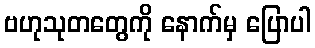
ဗဟုသုတတွေကို နောက်မှ ပြောပါ